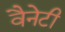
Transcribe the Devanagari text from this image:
वैनेटी